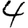
Digit: 4